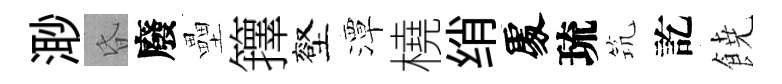
𣺌昏廢壘籜壑潭橈绡𠁅琉𥬑訖𩜙